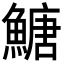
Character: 𩹶